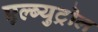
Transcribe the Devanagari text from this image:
एल्ब्युट्रोल